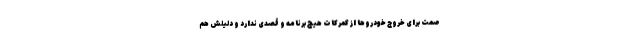
صمت برای خروج خودروها از گمرکات هیچ برنامه و قصدی ندارد و دلیلش هم